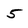
Character: 5